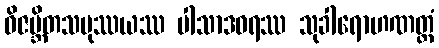
ဝိဇမ္ဘိတသမုဿယဿ ပါသာဒဝရဿ သုခါရောဟဏတ္ထံ